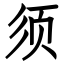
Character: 须